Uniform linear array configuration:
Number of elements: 48
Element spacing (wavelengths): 0.5
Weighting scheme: kaiser
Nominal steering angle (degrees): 60
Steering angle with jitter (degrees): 58.169
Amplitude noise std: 0.05
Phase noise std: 0.05

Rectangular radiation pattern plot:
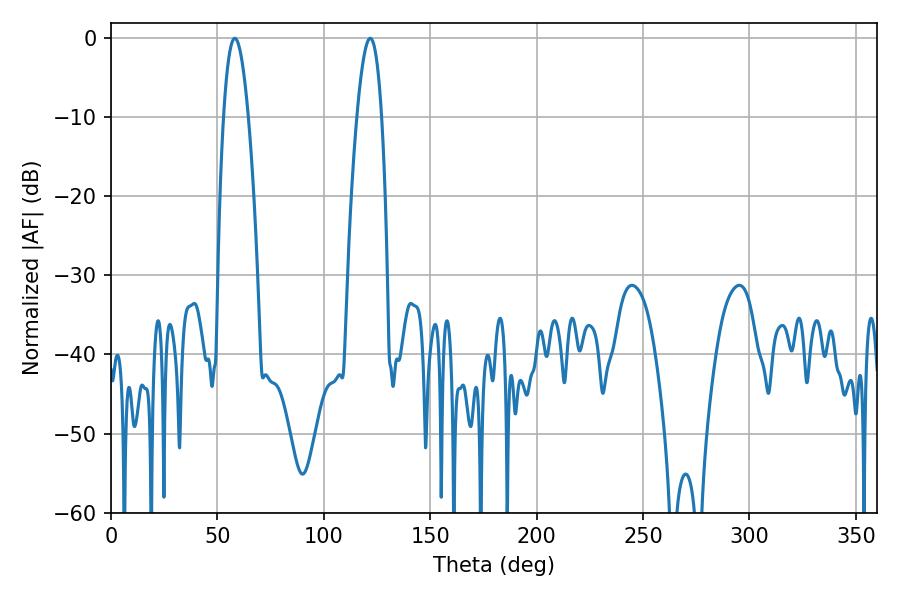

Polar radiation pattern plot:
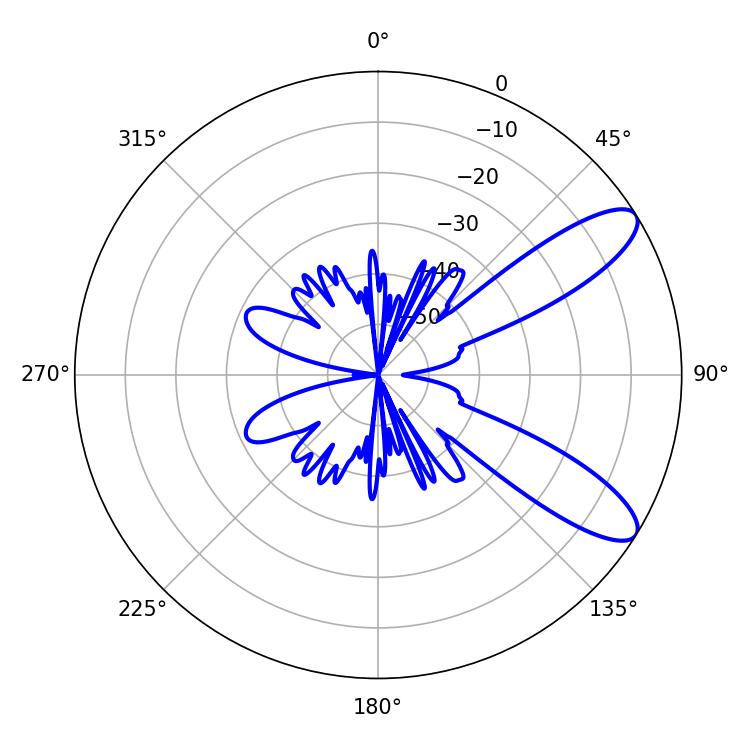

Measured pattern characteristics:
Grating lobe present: FALSE
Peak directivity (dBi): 9.902
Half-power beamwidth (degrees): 6.48
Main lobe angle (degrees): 58.14